Report on vaccination in Madras 1904-1921 - 1904-1921
Year: 1904
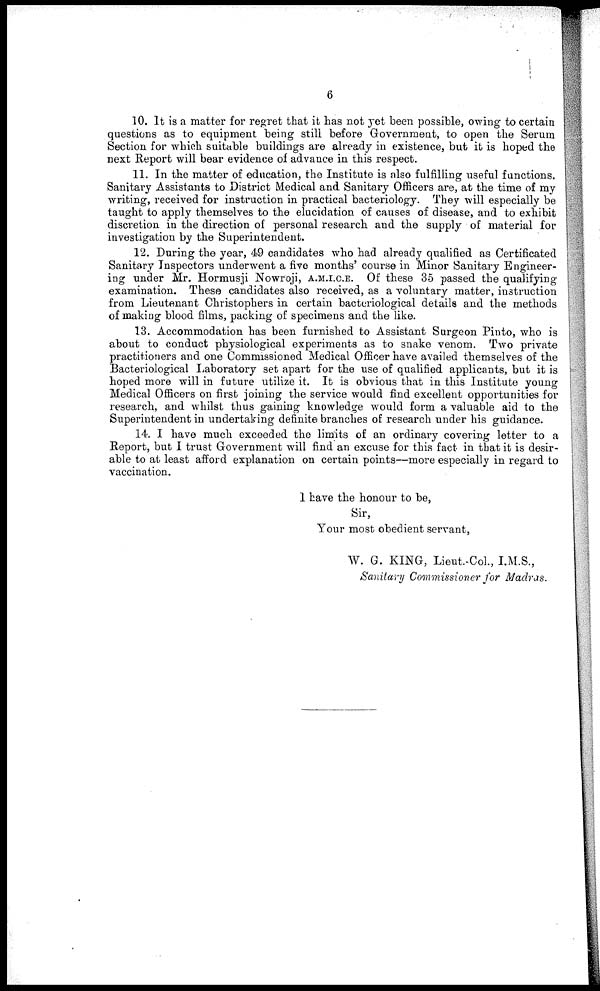
6
10. It is a matter for regret that it has not yet been possible, owing to certain
questions as to equipment being still before Government, to open the Serum
Section for which suitable buildings are already in existence, but it is hoped the
next Report will bear evidence of advance in this respect.
11. In the matter of education, the Institute is also fulfilling useful functions.
Sanitary Assistants to District Medical and Sanitary Officers are, at the time of my
writing, received for instruction in practical bacteriology. They will especially be
taught to apply themselves to the elucidation of causes of disease, and to exhibit
discretion in the direction of personal research and the supply of material for
investigation by the Superintendent.
12. During the year, 49 candidates who had already qualified as Certificated
Sanitary Inspectors underwent a five months' course in Minor Sanitary Engineer-
ing under Mr. Hormusji Nowroji, A.M.I.C.E. Of these 35 passed the qualifying
examination. These candidates also received, as a voluntary matter, instruction
from Lieutenant Christophers in certain bacteriological details and the methods
of making blood films, packing of specimens and the like.
13. Accommodation has been furnished to Assistant Surgeon Pinto, who is
about to conduct physiological experiments as to snake venom. Two private
practitioners and one Commissioned Medical Officer have availed themselves of the
Bacteriological Laboratory set apart for the use of qualified applicants, but it is
hoped more will in future utilize it. It is obvious that in this Institute young
Medical Officers on first joining the service would find excellent opportunities for
research, and whilst thus gaining knowledge would form a valuable aid to the
Superintendent in undertaking definite branches of research under his guidance.
14. I have much exceeded the limits of an ordinary covering letter to a
Report, but I trust Government will find an excuse for this fact in that it is desir-
able to at least afford explanation on certain points—more especially in regard to
vaccination.
I have the honour to be,
Sir,
Your most obedient servant,
W. G. KING, Lieut.-Col., I.M.S.,
Sanitary Commissioner for Madras.